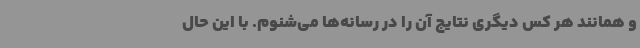
و همانند هر کس دیگری نتایج آن را در رسانه‌ها می‌شنوم. با این حال